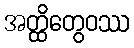
အတ္ထိတွေဝဿ